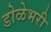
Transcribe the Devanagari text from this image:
डोळेभरी